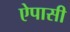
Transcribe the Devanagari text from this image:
ऐपासी